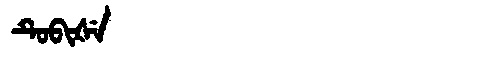
Manchu: ᡨᡠᠪᡳᡧᡝ
Romanization: TUBIŠE